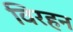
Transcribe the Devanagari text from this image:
विरहन